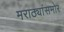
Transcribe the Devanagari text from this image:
मराठ्यांसमोर